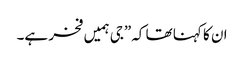
ان کا کہنا تھا کہ”جی ہمیں فخر ہے۔